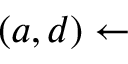
( a , d ) \gets